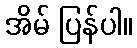
အိမ် ပြန်ပါ။